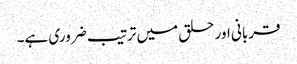
قربانی اور حلق میں ترتیب ضروری ہے۔